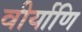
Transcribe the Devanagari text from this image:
वीर्याणि